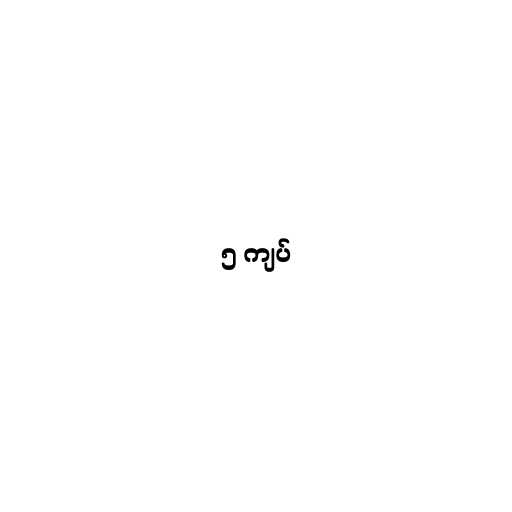
၅ ကျပ်